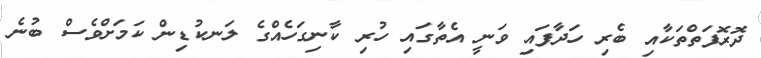
ދޮރޮފަތްތަކާއި ބެރި ހަދާފައި ވަނީ އެތާގައި ހުރި ކާނިގަހެއްގެ ލަނކުޑިން ކަމަށްވެސް ބުނެ